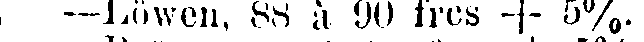
 —Löwen, 88 à 9O frcs + 5%.